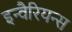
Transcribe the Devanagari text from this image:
इन्वैरियन्स